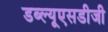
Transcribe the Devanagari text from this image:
डब्ल्यूएसडीजी